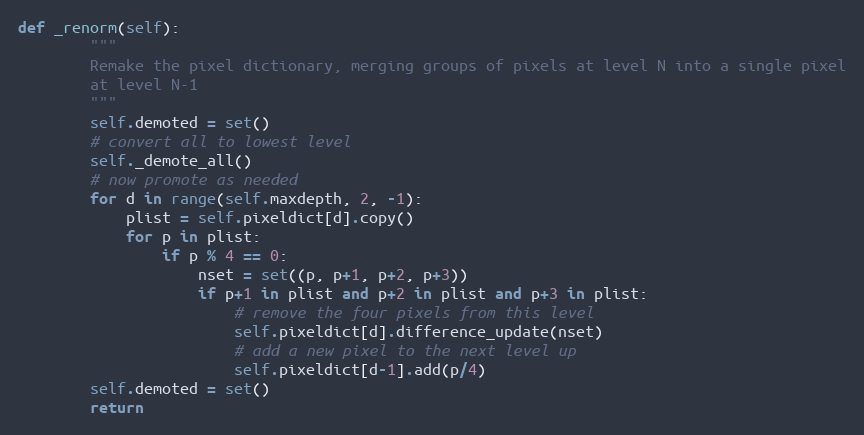
Language: Python
def _renorm(self):
        """
        Remake the pixel dictionary, merging groups of pixels at level N into a single pixel
        at level N-1
        """
        self.demoted = set()
        # convert all to lowest level
        self._demote_all()
        # now promote as needed
        for d in range(self.maxdepth, 2, -1):
            plist = self.pixeldict[d].copy()
            for p in plist:
                if p % 4 == 0:
                    nset = set((p, p+1, p+2, p+3))
                    if p+1 in plist and p+2 in plist and p+3 in plist:
                        # remove the four pixels from this level
                        self.pixeldict[d].difference_update(nset)
                        # add a new pixel to the next level up
                        self.pixeldict[d-1].add(p/4)
        self.demoted = set()
        return